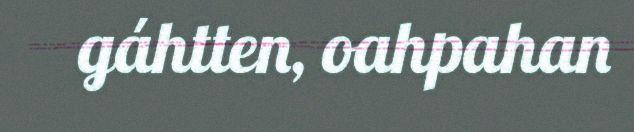
gáhtten, oahpahan